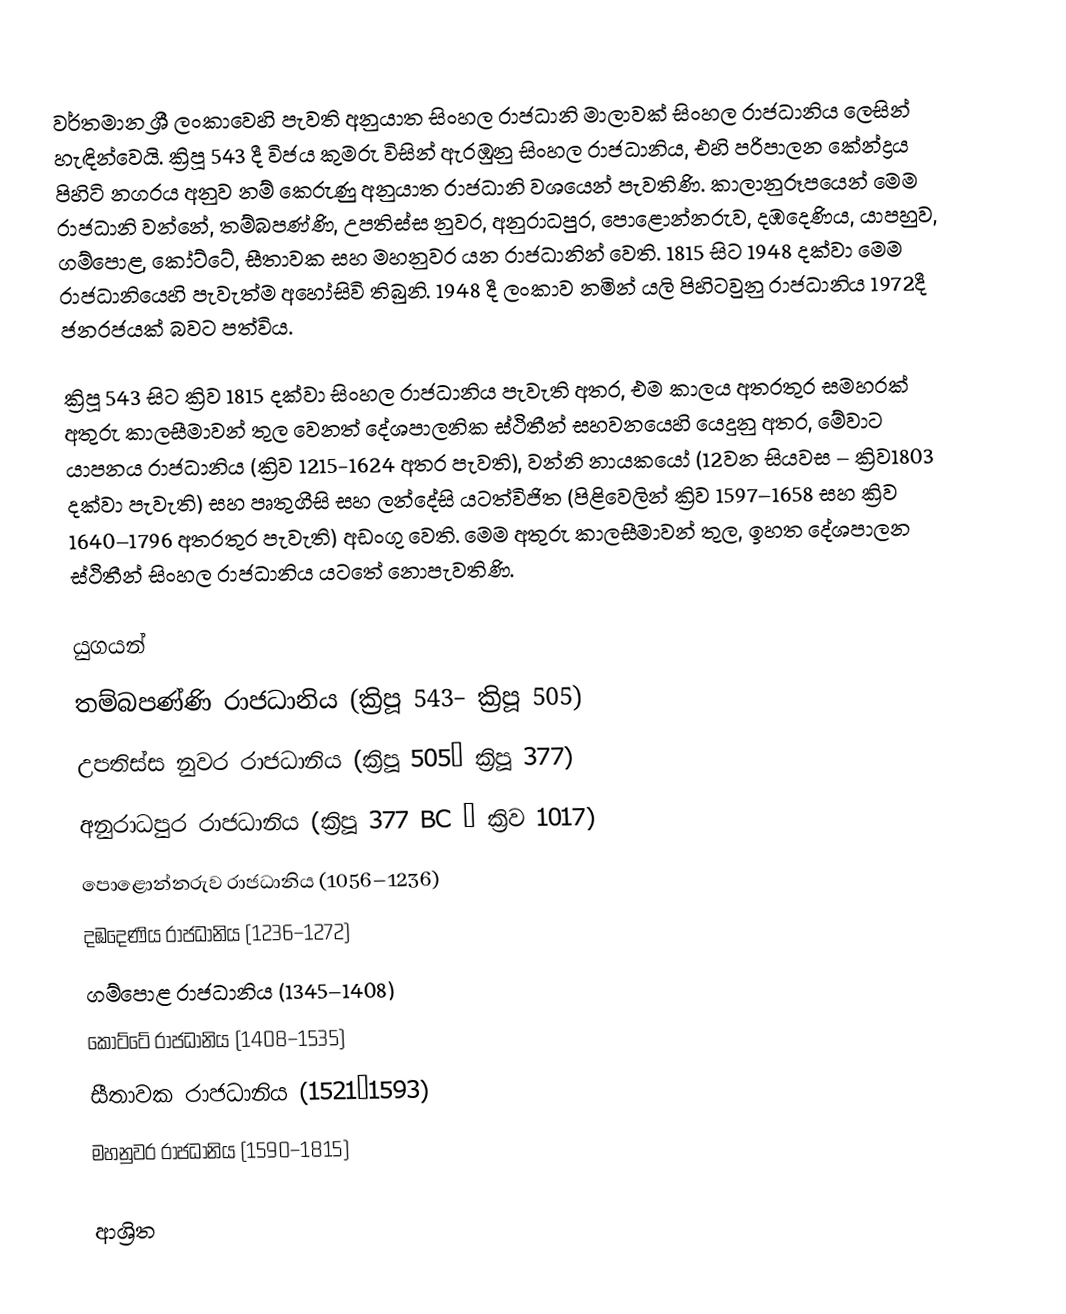
වර්තමාන ශ්‍රී ලංකාවෙහි පැවති අනුයාත සිංහල රාජධානි මාලාවක් සිංහල රාජධානිය ලෙසින් හැඳින්වෙයි. ක්‍රිපූ 543 දී විජය කුමරු විසින් ඇරඹුනු සිංහල රාජධානිය, එහි පරිපාලන කේන්ද්‍රය පිහිටි නගරය අනුව නම් කෙරුණු අනුයාත රාජධානි වශයෙන් පැවතිණි.  කාලානුරූපයෙන් මෙම රාජධානි වන්නේ,  තම්බපණ්ණි,  උපතිස්ස නුවර, අනුරාධපුර,  පොළොන්නරුව, දඹදෙණිය, යාපහුව,  ගම්පොළ, කෝට්ටේ, සීතාවක සහ මහනුවර යන රාජධානින් වෙති. 1815 සිට 1948 දක්වා මෙම රාජධානියෙහි පැවැත්ම අහෝසිවි තිබුනි. 1948 දී ලංකාව නමින් යලි පිහිටවුනු රාජධානිය 1972දී ජනරජයක් බවට පත්විය.

ක්‍රිපූ 543 සිට ක්‍රිව 1815 දක්වා සිංහල රාජධානිය පැවැති අතර, එම කාලය අතරතුර සමහරක් අතුරු කාලසීමාවන් තුල වෙනත් දේශපාලනික ස්ථිතීන් සහවනයෙහි යෙදුනු අතර, මේවාට යාපනය රාජධානිය (ක්‍රිව 1215-1624 අතර පැවති), වන්නි නායකයෝ (12වන සියවස – ක්‍රිව1803 දක්වා පැවැති) සහ පෘතුගීසි සහ ලන්දේසි යටත්විජිත (පිළිවෙලින් ක්‍රිව 1597–1658 සහ ක්‍රිව 1640–1796 අතරතුර පැවැති) අඩංගු වෙති. මෙම අතුරු කාලසීමාවන් තුල, ඉහත දේශපාලන ස්ථිතීන් සිංහල රාජධානිය යටතේ නොපැවතිණි.

යුගයන්
 තම්බපණ්ණි රාජධානිය (ක්‍රිපූ 543– ක්‍රිපූ 505)
 උපතිස්ස නුවර රාජධානිය (ක්‍රිපූ 505– ක්‍රිපූ 377)
 අනුරාධපුර රාජධානිය (ක්‍රිපූ 377 BC – ක්‍රිව 1017)
 පොළොන්නරුව රාජධානිය (1056–1236)
 දඹදෙණිය රාජධානිය (1236–1272)
 ගම්පොළ රාජධානිය (1345–1408)
 කෝට්ටේ රාජධානිය (1408–1535)
 සීතාවක රාජධානිය (1521–1593)
 මහනුවර රාජධානිය (1590–1815)

ආශ්‍රිත